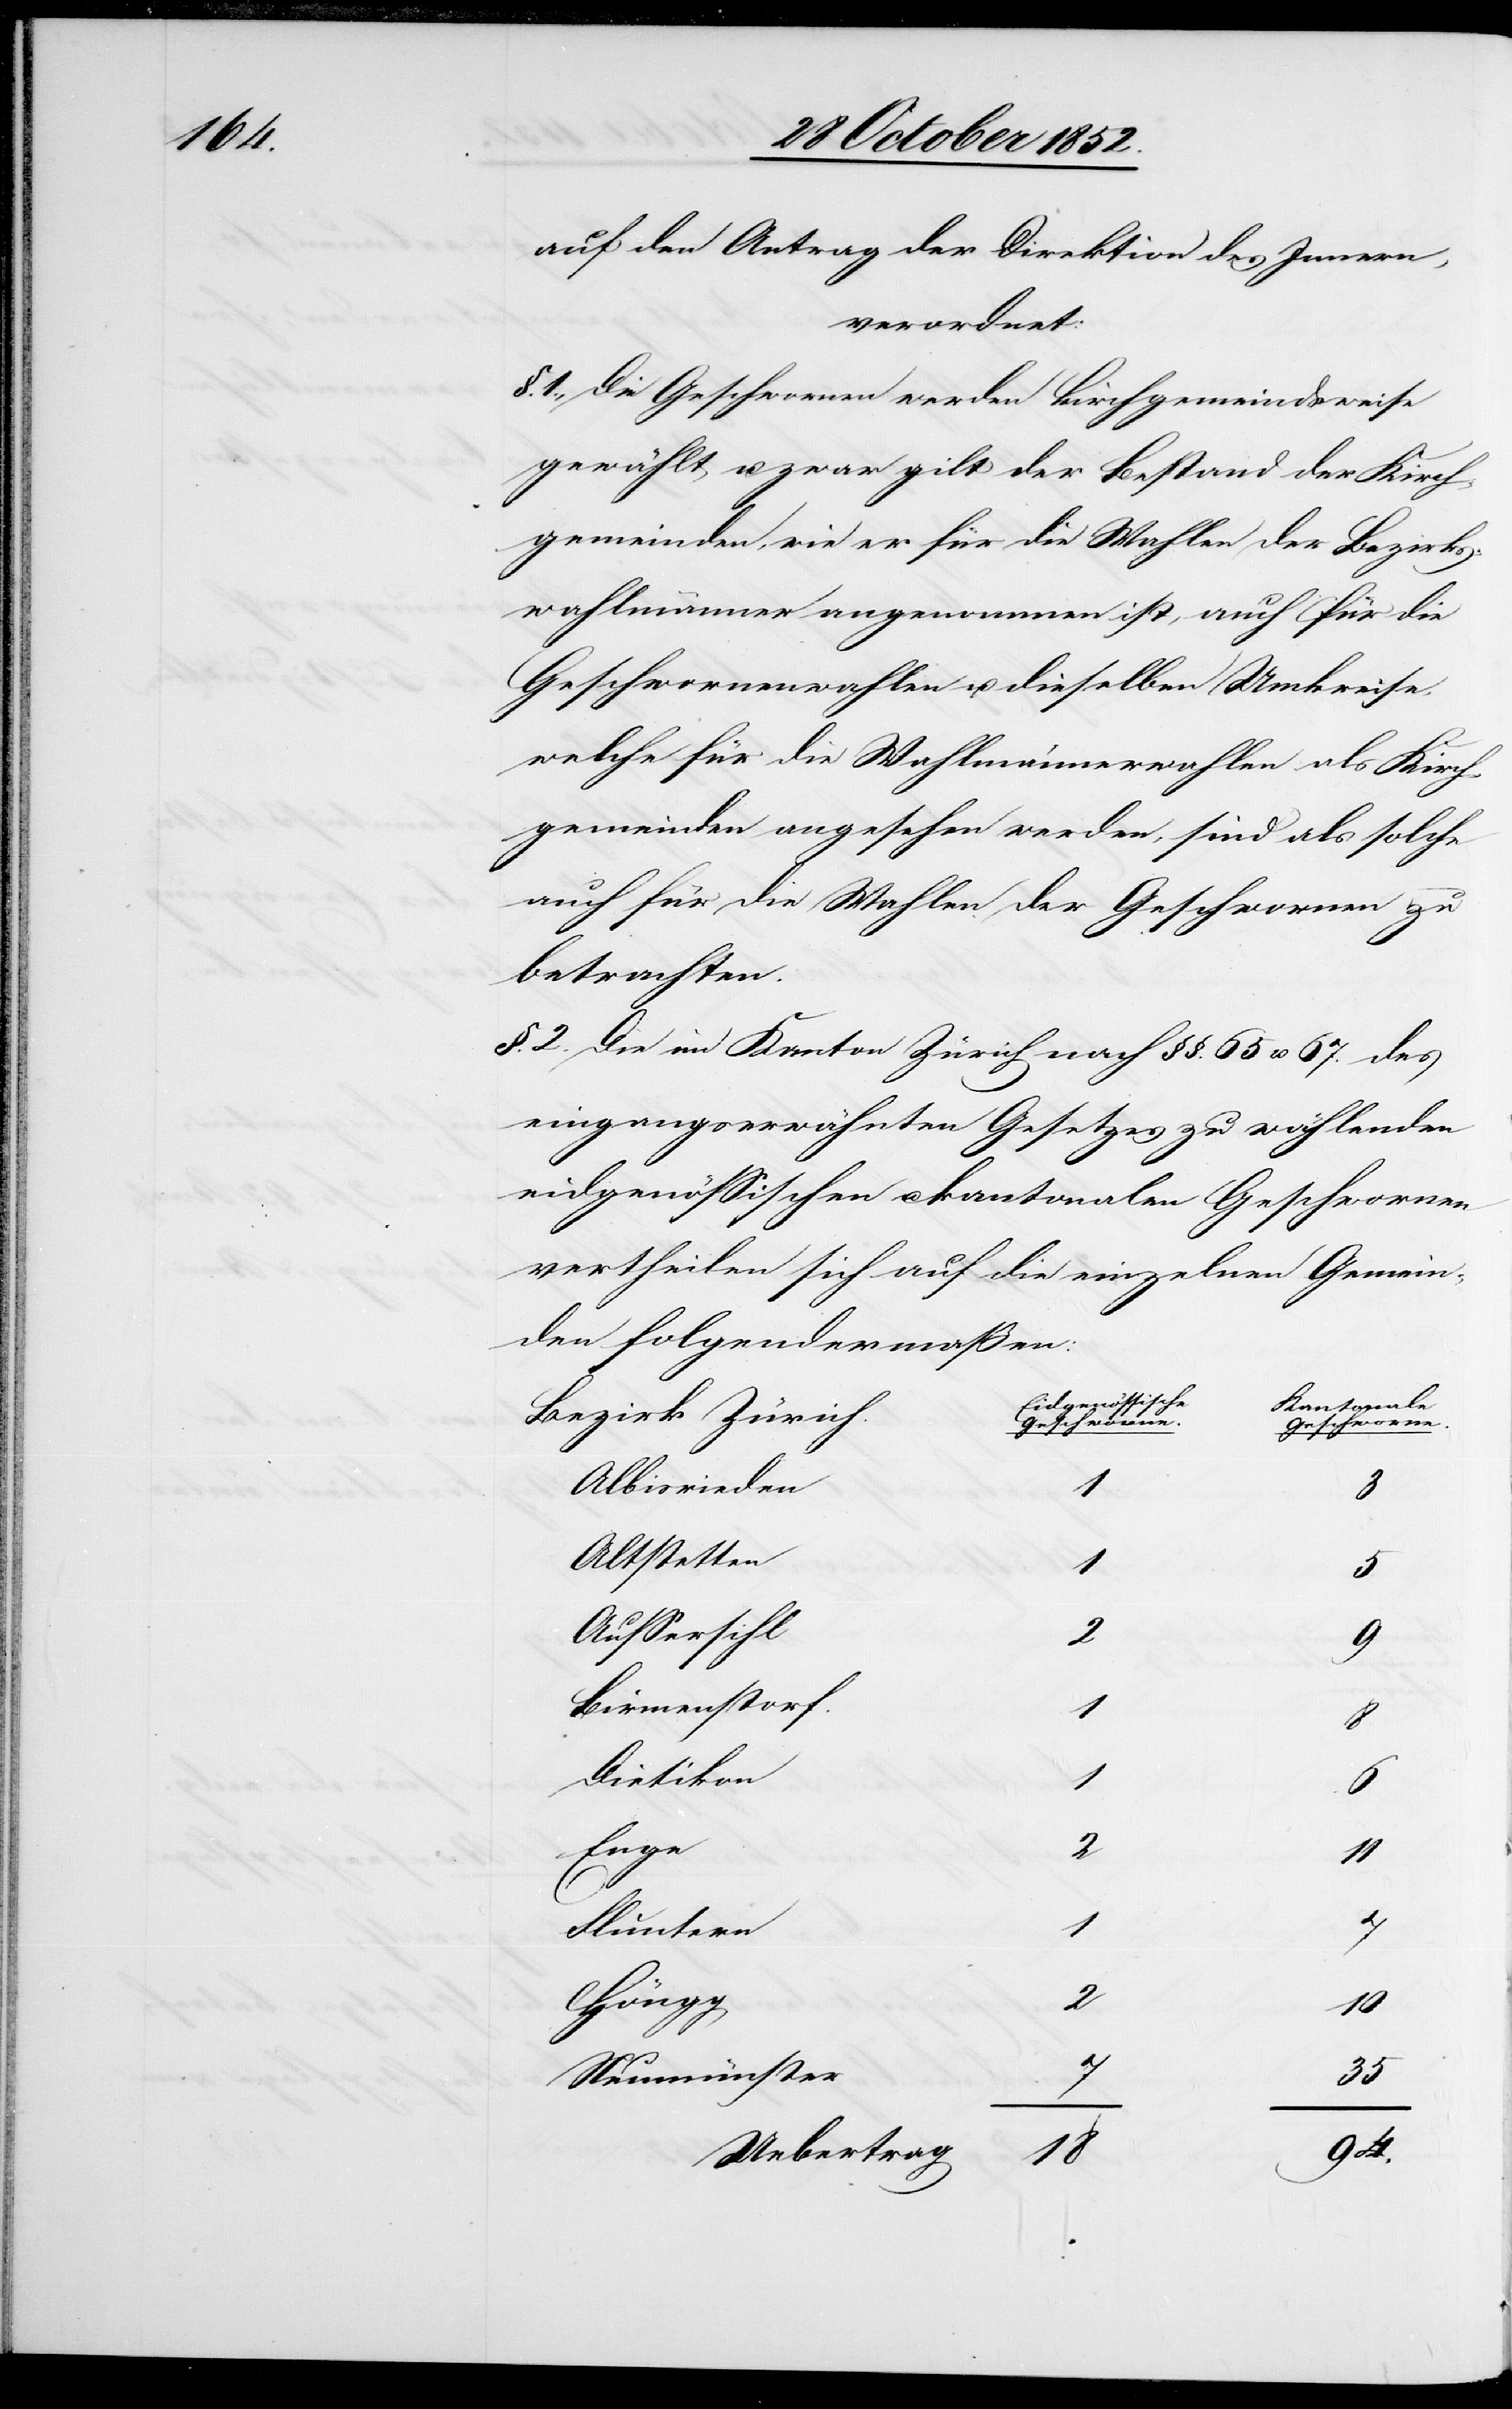
auf den Antrag der Direktion des Innern,
verordnet:
§. 1., Die Geschwornen werden kirchgemeindsweise
gewählt u. zwar gilt der Bestand der Kirch¬
gemeinden, wie er für die Wahlen der Bezirks¬
wahlmänner angenommen ist, auch für die
Geschwornenwahlen u. dieselben Umkreise,
welche für die Wahlmännerwahlen als Kirch¬
gemeinden angesehen werden, sind als solche
auch für die Wahlen der Geschwornen zu
betrachten.
§. 2. Die im Kanton Zürich nach §§. 65 u. 67. des
eingangserwähnten Gesetzes zu wählenden
eidgenössischen u. kantonalen Geschwornen
vertheilen sich auf die einzelnen Gemein¬
den folgendermaßen:
Eidgenössische
Kantonale
Bezirk Zürich.
Geschworne.
Albisrieden
1
3
Altstetten
1
Aussersihl
2
9
Birmenstorf.
Dietikon
1
Enge
2
11
Fluntern
Höngg
2
7
35
Neumünster
Uebertrag
94.